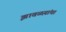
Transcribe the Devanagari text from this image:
झावळय़ांचा